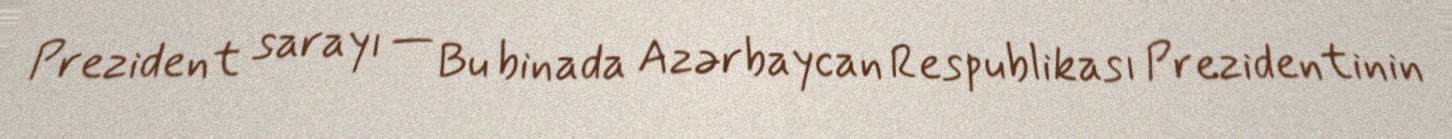
Prezident sarayı — Bu binada Azərbaycan Respublikası Prezidentinin